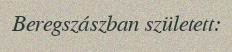
Beregszászban született: